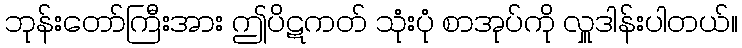
ဘုန်းတော်ကြီးအား ဤပိဋကတ် သုံးပုံ စာအုပ်ကို လှူဒါန်းပါတယ်။